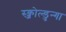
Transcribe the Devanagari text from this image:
स्क्जोल्डुन्गा